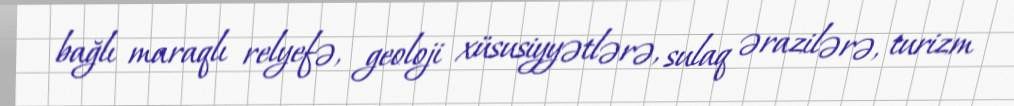
bağlı maraqlı relyefə, geoloji xüsusiyyətlərə, sulaq ərazilərə, turizm